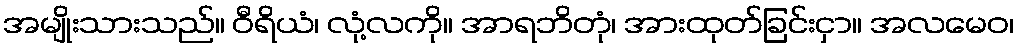
အမျိုးသားသည်။ ဝီရိယံ၊ လုံ့လကို။ အာရဘိတုံ၊ အားထုတ်ခြင်းငှာ။ အလမေဝ၊